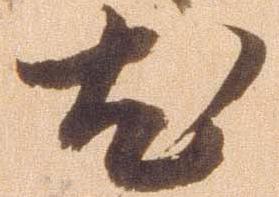
尤